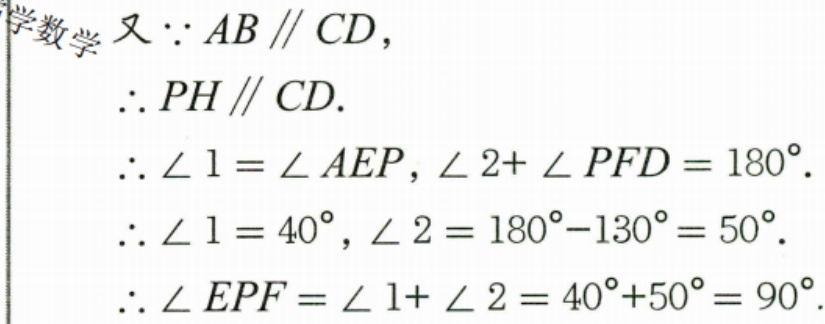
又$\because AB\parallel CD$，
$\therefore PH\parallel CD.$
$\therefore \angle 1 = \angle AEP,\angle 2+\angle PFD = 180^{\circ}.$
$\therefore \angle 1 = 40^{\circ},\angle 2 = 180^{\circ}-130^{\circ}=50^{\circ}.$
$\therefore \angle EPF=\angle 1+\angle 2 = 40^{\circ}+50^{\circ}=90^{\circ}.$